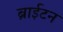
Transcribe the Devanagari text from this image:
ब्राईटन